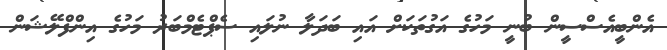
އެންބީއެސްސީން ބުނީ މަހުގެ އަގުތަކަށް އައި ބަދަލާ ނުލައި ސެޕްޓެމްބަރު މަހުގެ އިންފްލޭޝަން